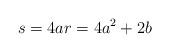
LaTeX: \begin{align*} s = 4a r = 4a^2 + 2b\end{align*}